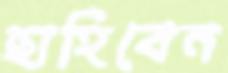
ছাহিবেন